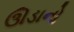
ઊડાનો